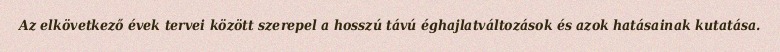
Az elkövetkező évek tervei között szerepel a hosszú távú éghajlatváltozások és azok hatásainak kutatása.